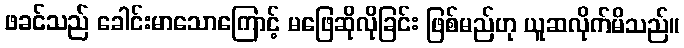
ဖခင်သည် ခေါင်းမာသောကြောင့် မဖြေဆိုလိုခြင်း ဖြစ်မည်ဟု ယူဆလိုက်မိသည်။